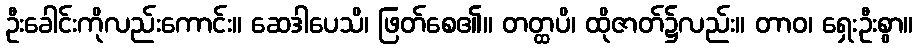
ဦးခေါင်းကိုလည်းကောင်း။ ဆေဒါပေသိ၊ ဖြတ်စေ၏။ တတ္ထပိ၊ ထိုဇာတ်၌လည်း။ တာဝ၊ ရှေးဦးစွာ။